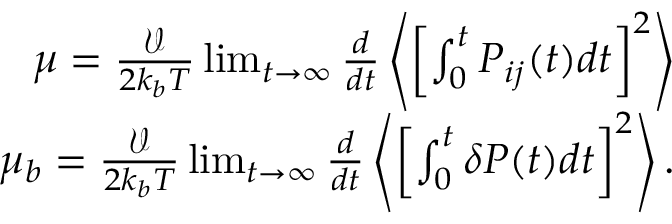
\begin{array} { r } { \mu = \frac { \mathcal { V } } { 2 k _ { b } T } \operatorname* { l i m } _ { t \to \infty } \frac { d } { d t } \left\langle \left[ \int _ { 0 } ^ { t } P _ { i j } ( t ) d t \right] ^ { 2 } \right\rangle } \\ { \mu _ { b } = \frac { \mathcal { V } } { 2 k _ { b } T } \operatorname* { l i m } _ { t \to \infty } \frac { d } { d t } \left\langle \left[ \int _ { 0 } ^ { t } \delta P ( t ) d t \right] ^ { 2 } \right\rangle . } \end{array}